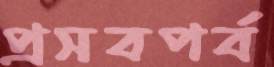
প্রসবপর্ব